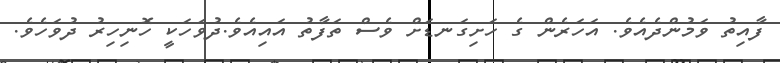
ފާއިތު ވަމުންދެއެވެ. އަހަރެން ގެ ހަށިގަނޑަށް ވެސް ތަފާތު އައިއެވެ.ދުވަހަކީ ހޮނިހިރު ދުވަހެވެ.